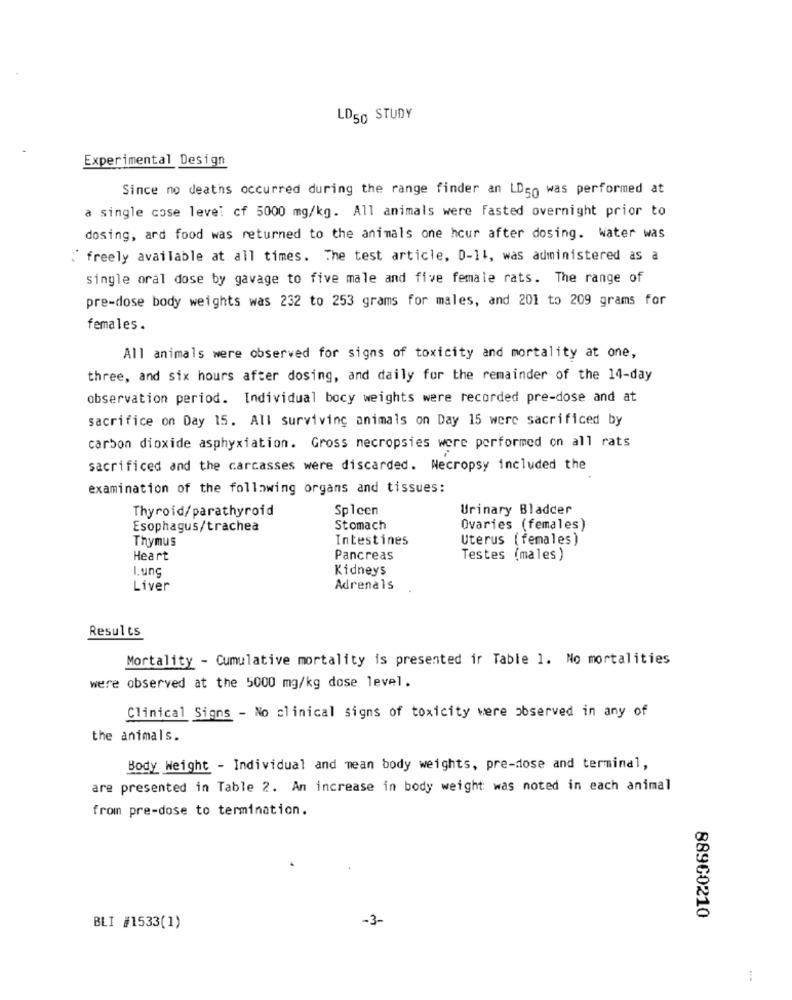
LD50 STUDY
Experimental Design
Since no deaths occurred during the range finder an LD50 was performed at
a single cose leve: cf 5000 mg/kg. All animals were Fasted overnight prior to
dosing, ard food was returned to the animals one hour after dosing. water was
" freely available at all times. The test article, 0-11, was administered as a
single oral dose by gavage to five male and five female rats. The range of
pre-dose body weights was 232 to 253 grams for males, and 201 to 209 grams for
females.
All animals were observed for signs of toxicity and mortality at one,
three, and six hours after dosing, and daily for the remainder of the 14-day
observation period. Individual bocy weights were recorded pre-dose and at
sacrifice on Day 15. All surviving animals on Day 15 were sacrificed by
carbon dioxide asphyxiation. Gross necropsies were performed on all rats
sacrificed and the carcasses were discarded. Wecropsy included the
examination of the following organs and tissues:
Thyroid/parathyroid
Splcen
Urinary Bladder
Esophagus/trachea
Stomach
Ovaries (females)
Thymus
Intestines
Uterus ( females )
Heart
Pancreas
Testes (males)
I.ung
Kidneys
Liver
Adrenals
Results
Mortality - Cumulative mortality is presented ir Table 1. No mortalities
were observed at the 5000 mg/kg dose level.
Clinical Signs - No clinical signs of toxicity were observed in any of
the animals.
Body Weight - Individual and mean body weights, pre-dose and terminal,
are presented in Table 2. An increase in body weight: was noted in each animal
from pre-dose to termination.
-3-
88960210
BLI #1533(1)